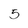
Character: 5